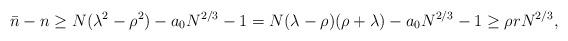
LaTeX: \begin{align*}\bar n-n \ge N(\lambda^2-\rho^2) -a_0N^{2/3} -1 = N(\lambda-\rho)(\rho+\lambda) -a_0N^{2/3}-1 \ge \rho rN^{2/3}, \end{align*}